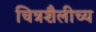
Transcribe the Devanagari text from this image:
चित्रशैलीच्य